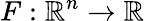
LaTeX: F:\mathbb{R}^{n}\to\mathbb{R}